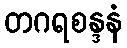
တဂရစန္ဒနံ